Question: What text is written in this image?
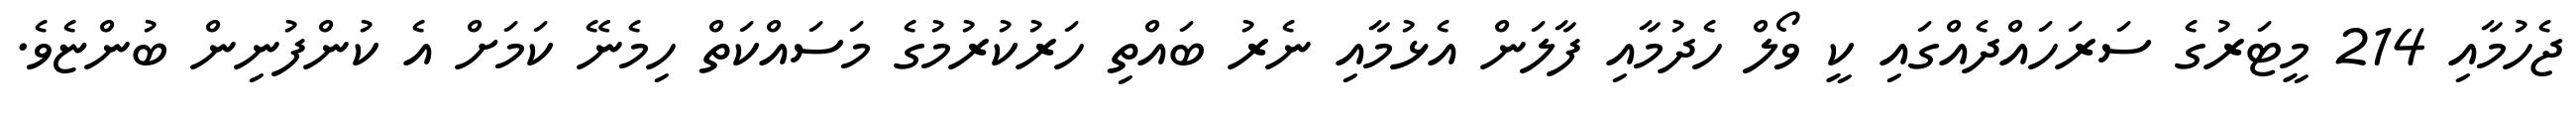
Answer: ޖެހުމާއި 214 މީޓަރުގެ ސަރަހައްދެއްގައި ކީ ވޯލް ހެދުމާއި ފާލަން އެޅުމާއި ނެރު ބައްތި ހަރުކުރުމުގެ މަސައްކަތް ހިމެނޭ ކަމަށް އެ ކުންފުނިން ބުންޏެވެ.